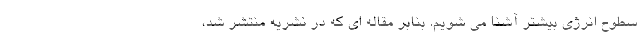
سطوح انرژی بیشتر آشنا می شویم. بنابر مقاله ای که در نشریه منتشر شد،